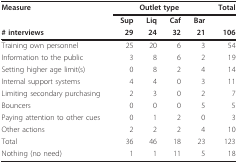
| Measure | <COLSPAN=4> Outlet type | Total |
 |  | Sup | Liq | Caf | Bar |  |
 | # interviews | 29 | 24 | 32 | 21 | 106 |
 | --- | --- | --- | --- | --- | --- |
 | Training own personnel | 25 | 20 | 6 | 3 | 54 |
 | Information to the public | 3 | 8 | 6 | 2 | 19 |
 | Setting higher age limit(s) | 0 | 8 | 2 | 4 | 14 |
 | Internal support systems | 4 | 4 | 0 | 3 | 11 |
 | Limiting secondary purchasing | 2 | 3 | 0 | 2 | 7 |
 | Bouncers | 0 | 0 | 0 | 5 | 5 |
 | Paying attention to other cues | 0 | 1 | 2 | 0 | 3 |
 | Other actions | 2 | 2 | 2 | 4 | 10 |
 | Total | 36 | 46 | 18 | 23 | 123 |
 | Nothing (no need) | 1 | 1 | 11 | 5 | 18 |